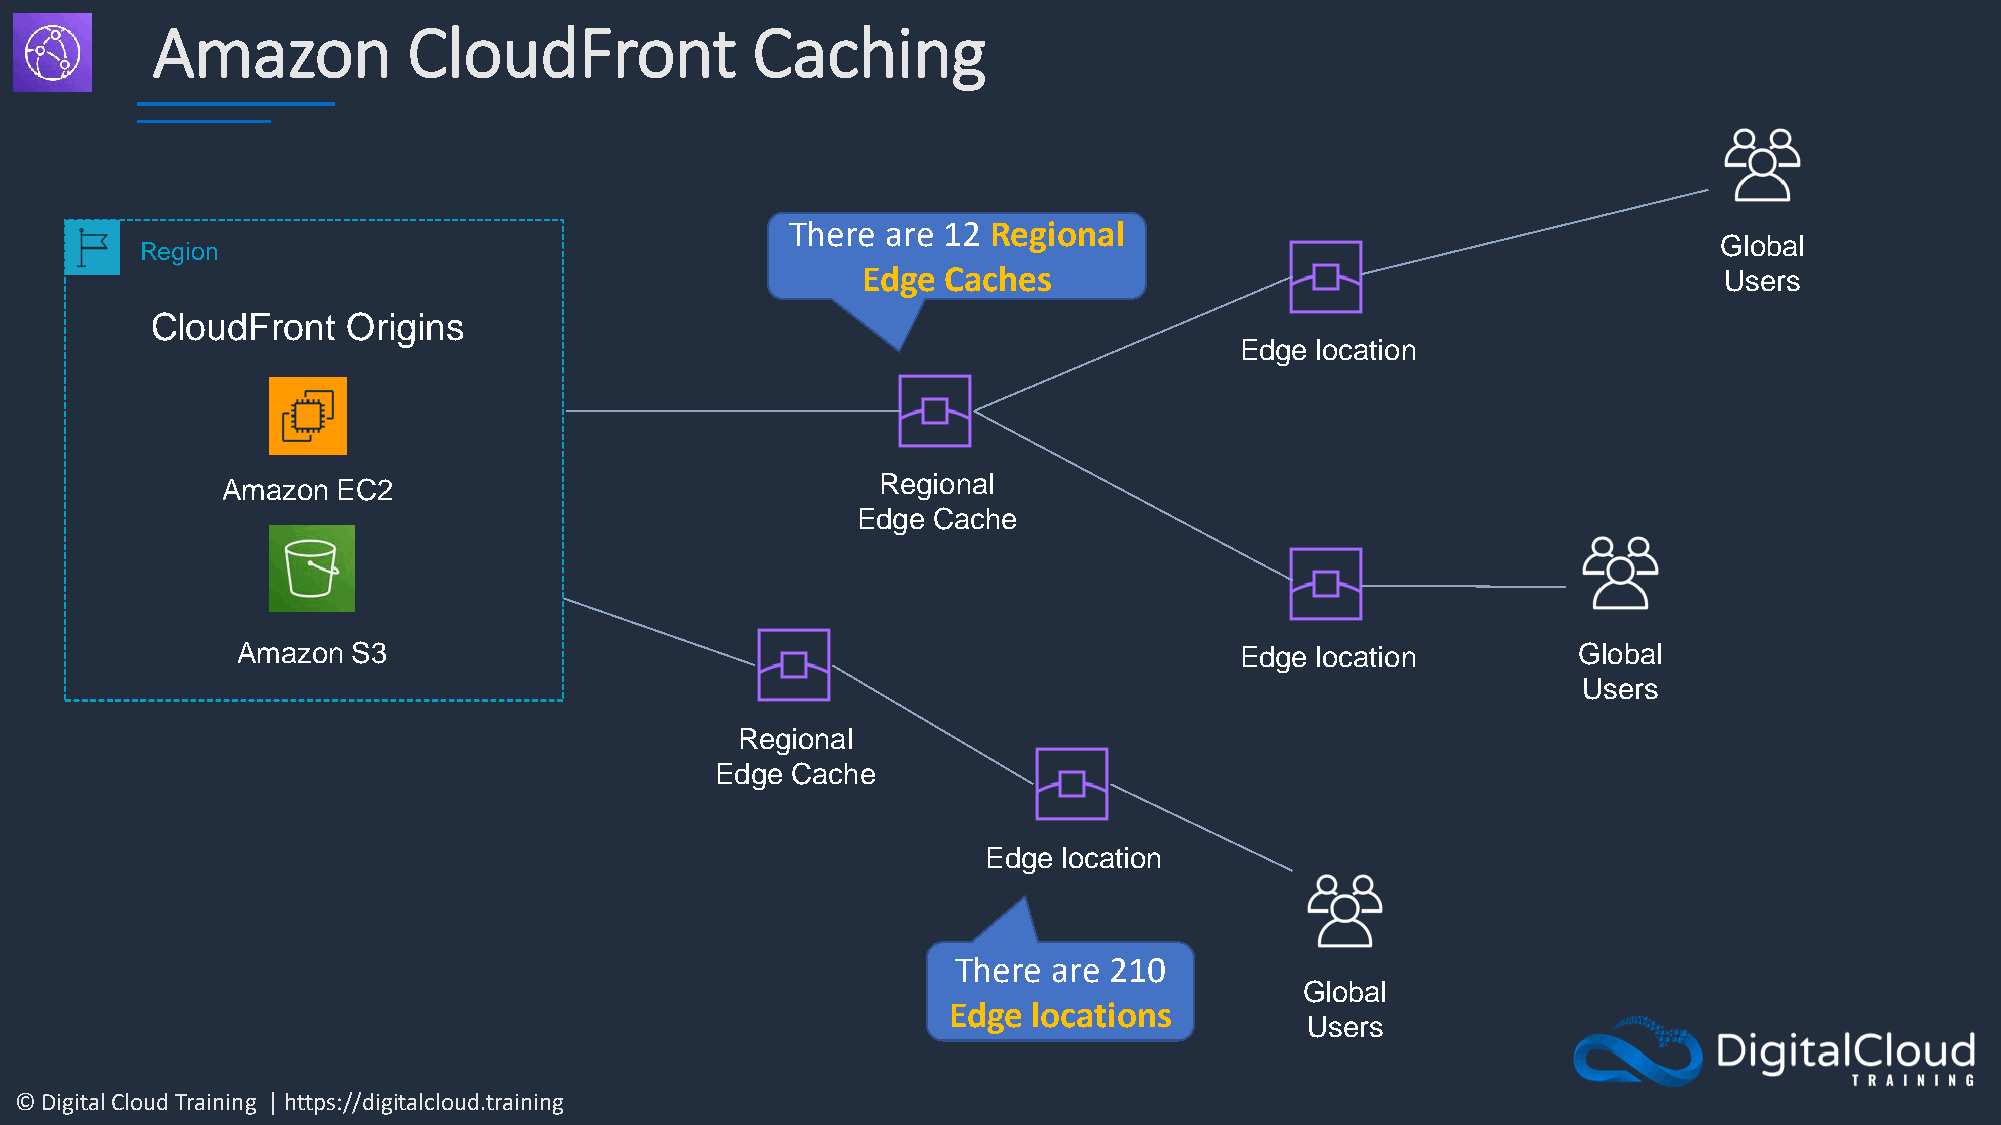
Amazon           CloudFront             Caching
 There  are 12 Regional
 Global
 Region
 Edge Caches                                              Users
 CloudFront   Origins
 Edge location
 Amazon EC2                                 Regional
 Edge Cache
 Amazon S3                                                         Edge location         Global
 Users
 Regional
 Edge Cache
 Edge location
 There  are 210
 Global
 Edge locations
 Users
 © Digital Cloud Training | https://digitalcloud.training